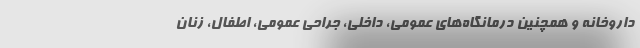
داروخانه و همچنین درمانگاه‌های عمومی، داخلی، جراحی عمومی، اطفال، زنان